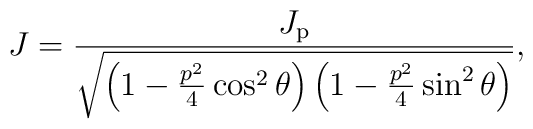
J=\frac{J_\mathrm{p}}{\sqrt{\left(1-\frac{p^2}{4}\cos^2\theta\right)\left(1-\frac{p^2}{4}\sin^2\theta\right)}},